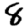
Digit: 8